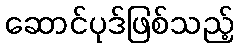
ဆောင်ပုဒ်ဖြစ်သည့်